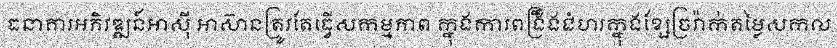
ធនាគារអភិវឌ្ឍន៍អាស៊ី អាស៊ានត្រូវតែធ្វើសកម្មភាព ក្នុងការពង្រឹងជំហរក្នុងខ្សែច្រវ៉ាក់តម្លៃសកល